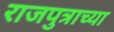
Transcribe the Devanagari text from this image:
राजपुत्राच्या